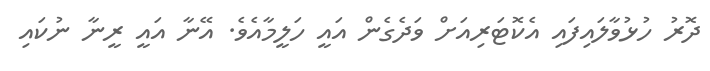
ދޮރު ހުޅުވާލައިފައި އެކޮޓަރިއަށް ވަދެގެން އައީ ހަލީމާއެވެ. އޭނާ އައީ ރީނާ ނުކައި